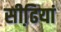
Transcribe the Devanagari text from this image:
सीढि़यां